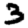
Digit: 3